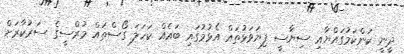
ދީނީ ކަންކަމުގައްޔާއި ސިޔާސީ ފިޔަވަޅުތައް އެޅުމުގައި ބައެއް ކަހަލަ ގޯސްތައް މުރްސީގެ ސަރުކާރަށް